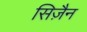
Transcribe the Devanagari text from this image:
सिज़ैन